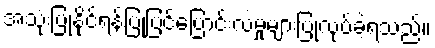
အသုံးပြုနိုင်ရန်ပြုပြင်ပြောင်းလဲမှုများပြုလုပ်ခဲ့ရသည်။